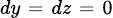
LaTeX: \scriptstyle dy\; =\; dz\; =\; 0